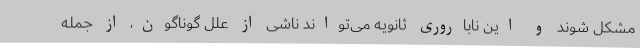
مشکل شوند و این ناباروری ثانویه می‌تواند ناشی از علل گوناگون، از جمله